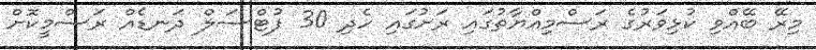
މިރޭ ބޭއްވި ކުޅިވަރުގެ ރަސްމިއްޔާތުގައި ރަށުގައި ހެދި 30 ފުޓްސަލް ދަނޑެއް ރަސްމީކޮށް